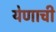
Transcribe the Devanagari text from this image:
येणाची